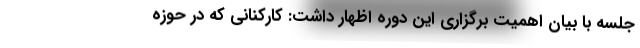
جلسه با بیان اهمیت برگزاری این دوره اظهار داشت: کارکنانی که در حوزه